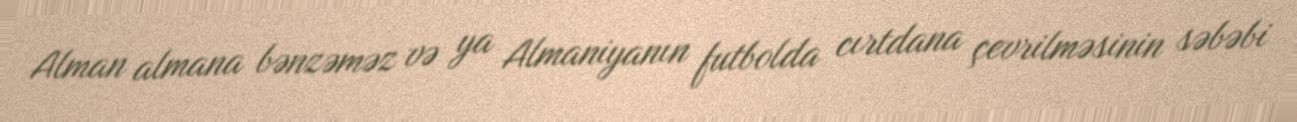
Alman almana bənzəməz və ya Almaniyanın futbolda cırtdana çevrilməsinin səbəbi